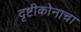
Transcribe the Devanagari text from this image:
दृष्टीकोनाचा